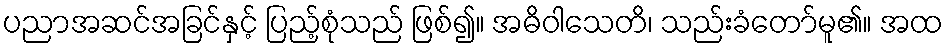
ပညာအဆင်အခြင်နှင့် ပြည့်စုံသည် ဖြစ်၍။ အဓိဝါသေတိ၊ သည်းခံတော်မူ၏။ အထ